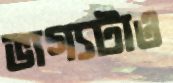
ভাগ্যটাও